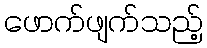
ဖောက်ဖျက်သည့်